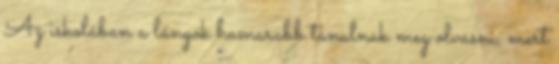
Az iskolában a lányok hamarabb tanulnak meg olvasni, mert